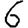
Digit: 6